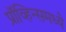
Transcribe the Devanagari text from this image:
प्रॉव्हिन्समध्ये